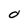
Character: 0